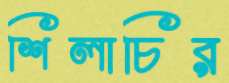
শিলাচির